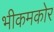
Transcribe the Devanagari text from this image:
भीकमकोर